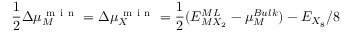
\frac { 1 } { 2 } \Delta \mu _ { M } ^ { \mathrm { ~ m ~ i ~ n ~ } } = \Delta \mu _ { X } ^ { \mathrm { ~ m ~ i ~ n ~ } } = \frac { 1 } { 2 } ( E _ { M X _ { 2 } } ^ { M L } - \mu _ { M } ^ { B u l k } ) - E _ { X _ { 8 } } / 8